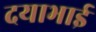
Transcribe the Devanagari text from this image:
दयाभाई